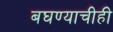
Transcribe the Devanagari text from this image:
बघण्याचीही